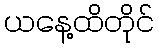
ယနေ့ထိတိုင်